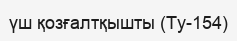
үш қозғалтқышты (Ту-154)